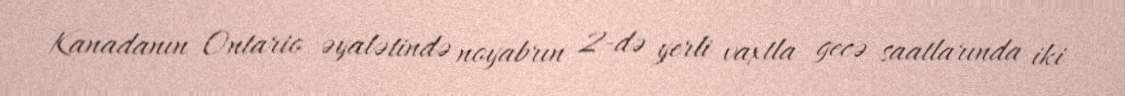
Kanadanın Ontario əyalətində noyabrın 2-də yerli vaxtla gecə saatlarında iki